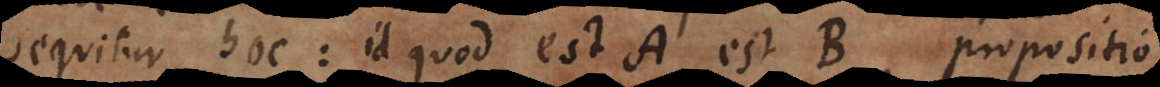
sequitur hoc: id quod est A est B, propositio